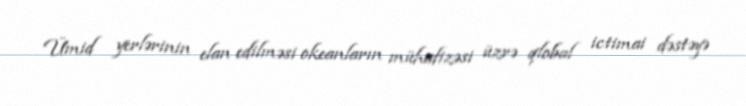
Ümid yerlərinin elan edilməsi okeanların mühafizəsi üzrə qlobal ictimai dəstəyə